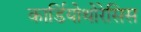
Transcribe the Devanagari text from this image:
कार्डियोथोरेसिस